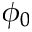
\phi _ { 0 }